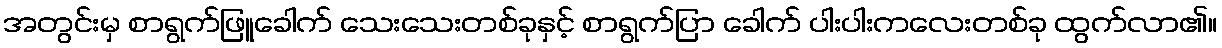
အတွင်းမှ စာရွက်ဖြူခေါက် သေးသေးတစ်ခုနှင့် စာရွက်ပြာ ခေါက် ပါးပါးကလေးတစ်ခု ထွက်လာ၏။